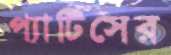
প্যাটিসের